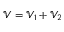
\mathcal { V } = \mathcal { V } _ { 1 } + \mathcal { V } _ { 2 }